Indian journal of veterinary science and animal husbandry - Volumes 18-21, 1948-1951
Year: 1948
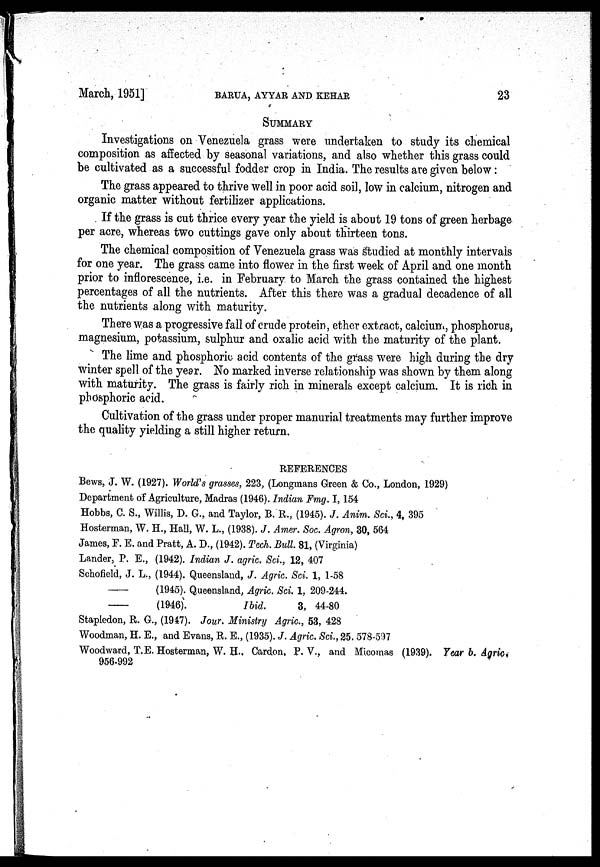
March, 1951]
BARUA,
AYYAR
AND
KEHAR
23
SUMMARY
Investigations on Venezuela grass were undertaken to study its chemical
composition as affected by seasonal variations, and also whether this grass could
be cultivated as a successful fodder crop in India. The results are given below :
The grass appeared to thrive well in poor acid soil, low in calcium, nitrogen and
organic matter without fertilizer applications.
If the grass is cut thrice every year the yield is about 19 tons of green herbage
per acre, whereas two cuttings gave only about thirteen tons.
The chemical composition of Venezuela grass was studied at monthly intervals
for one year. The grass came into flower in the first week of April and one month
prior to inflorescence, i.e. in February to March the grass contained the highest
percentages of all the nutrients. After this there was a gradual decadence of all
the nutrients along with maturity.
There was a progressive fall of crude protein, ether extract, calcium, phosphorus,
magnesium, potassium, sulphur and oxalic acid with the maturity of the plant.
The lime and phosphoric acid contents of the grass were high during the dry
winter spell of the year. No marked inverse relationship was shown by them along
with maturity. The grass is fairly rich in minerals except calcium. It is rich in
phosphoric acid.
Cultivation of the grass under proper manurial treatments may further improve
the quality yielding a still higher return.
REFERENCES
Bews, J. W. (1927). World's grasses, 223, (Longmans Green & Co., London, 1929)
Department of Agriculture, Madras (1946). Indian Fmg. I, 154
Hobbs, C. S., Willis, D. G., and Taylor, B. R., (1945). J. Anim. Sci., 4, 395
Hosterman, W. H., Hall, W. L., (1938). J. Amer. Soc. Agron, 30, 564
James, F. E. and Pratt, A. D., (1942). Tech. Bull. 81, (Virginia)
Lander, P. E., (1942). Indian J. agric. Sci., 12, 407
Schofield, J. L., (1944). Queensland, J. Agric. Sci. 1, 1-58
—
(1945). Queensland, Agric. Sci. 1, 209-244.
—
(1946).
Ibid.
3, 44-80
Stapledon, R. G., (1947). Jour. Ministry Agric., 53, 428
Woodman, H. E., and Evans, R. E., (1935). J. Agric. Sci., 25, 578-597
Woodward, T.E. Hosterman, W. H., Cardon, P. V., and Micomas (1939). Year b. Agric.
956-992